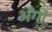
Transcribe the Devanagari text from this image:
अँगों